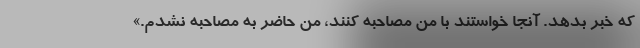
که خبر بدهد. آنجا خواستند با من مصاحبه کنند، من حاضر به مصاحبه نشدم.»